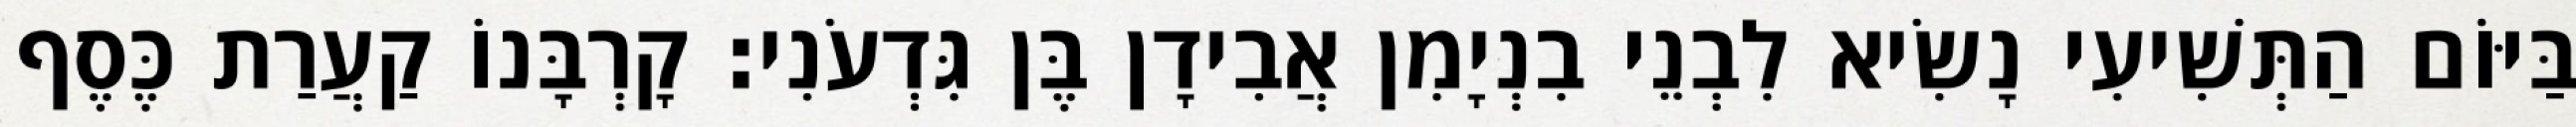
בַּיּוֹם הַתְּשִׁיעִי נָשִׂיא לִבְנֵי בִנְיָמִן אֲבִידָן בֶּן גִּדְעֹנִי׃ קָרְבָּנוֹ קַעֲרַת כֶּסֶף